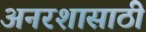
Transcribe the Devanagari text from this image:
अनरशासाठी